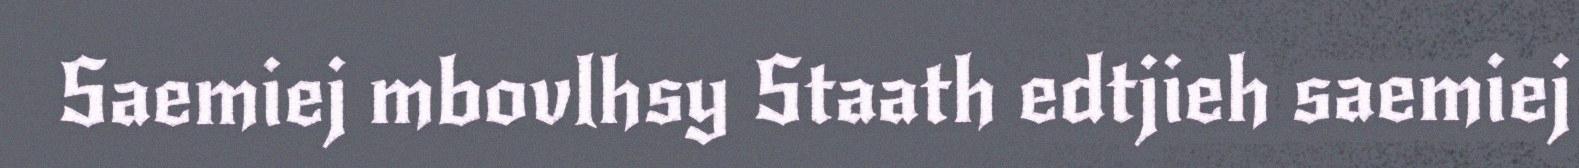
Saemiej mbovlhsy Staath edtjieh saemiej